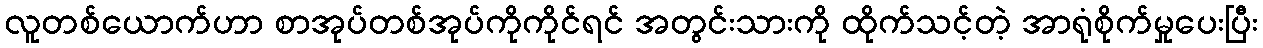
လူတစ်ယောက်ဟာ စာအုပ်တစ်အုပ်ကိုကိုင်ရင် အတွင်းသားကို ထိုက်သင့်တဲ့ အာရုံစိုက်မှုပေးပြီး